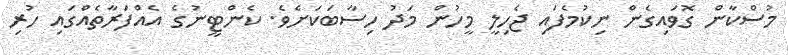
މުސްކާން ގޮވައިގެން ނިކުމެފައި ޖެހިލީ މީހުން މަދު ހިސާބަކަށެވެ. ކެންޓީނުގެ އެއްފަރާތެއްގައި ހުރި